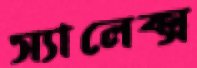
স্যালেক্স